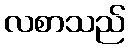
လစာသည်